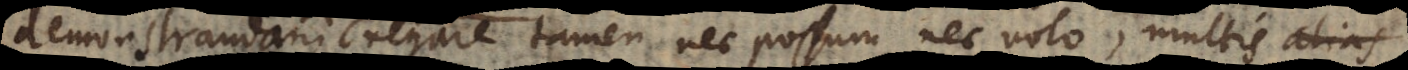
demonstrandam, negare tamen nec possum nec volo, multis